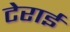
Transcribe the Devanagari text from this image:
टेराई